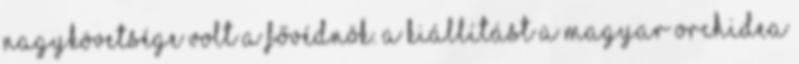
Nagykövetsége volt a fővédnök. A kiállítást a Magyar Orchidea